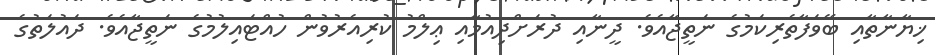
ޚިޔާނާތާއި ބޭވަފާތެރިކަމުގެ ނަތީޖާއެވެ. ދީނާއި ދުރަށްދިއުމާއި ޢިލްމު ކުރިއެރުވުން ހުއްޓައިލުމުގެ ނަތީޖާއެވެ. ދައުލަތުގެ